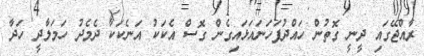
ރާއްޖޭގައި ދީނީ ގޮތުން ހައްދުފަހަނައަޅައިގެން ގޮސް އެކަކު އަނެކަކާ ދެމެދު ހަމަލާދީ ހަދާ